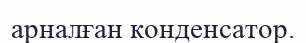
арналған конденсатор.